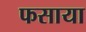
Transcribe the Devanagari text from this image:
फसाया